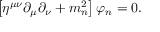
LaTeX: \left[ \eta ^ { \mu \nu } \partial _ { \mu } \partial _ { \nu } + m _ { n } ^ { 2 } \right] \varphi _ { n } = 0 .